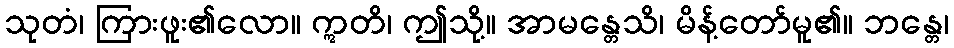
သုတံ၊ ကြားဖူး၏လော။ ဣတိ၊ ဤသို့။ အာမန္တေသိ၊ မိန့်တော်မူ၏။ ဘန္တေ၊